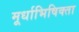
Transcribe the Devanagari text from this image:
मूर्धाभिषिक्ता